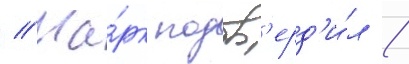
// Ма́рк подтв'ерд'и́л /